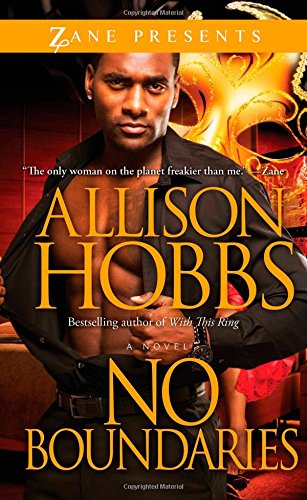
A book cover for No Boundaries: A Novel; Allison Hobbs; Romance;